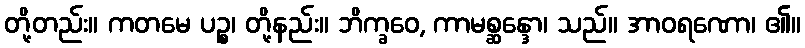
တို့တည်း။ ကတမေ ပဉ္စ၊ တို့နည်း။ ဘိက္ခဝေ, ကာမစ္ဆန္ဒော၊ သည်။ အာဝရဏော၊ ၏။